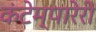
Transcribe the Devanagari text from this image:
कंटेम्पारेरी